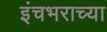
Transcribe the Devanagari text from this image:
इंचभराच्या